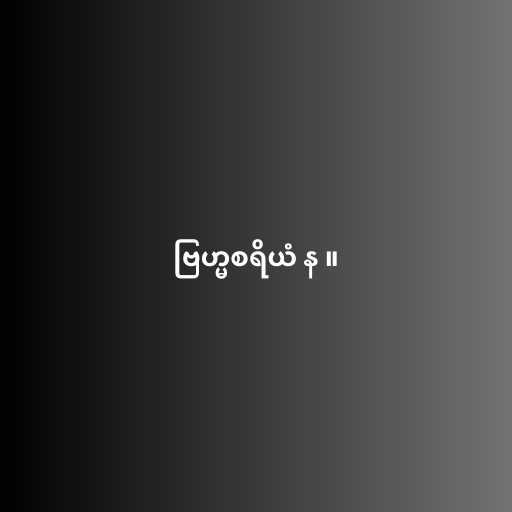
ဗြဟ္မစရိယံ န ။